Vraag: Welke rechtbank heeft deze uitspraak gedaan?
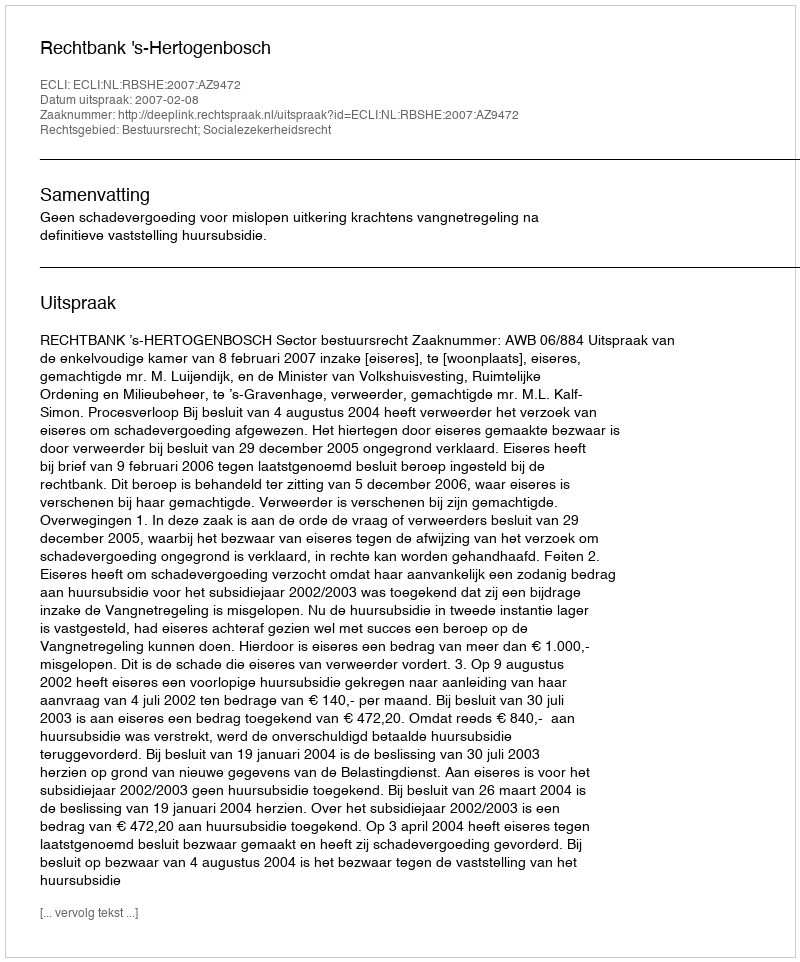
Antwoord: Rechtbank 's-Hertogenbosch